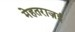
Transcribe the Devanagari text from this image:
मेहतराज़ई